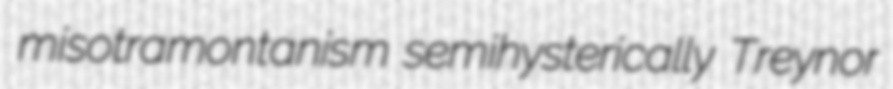
misotramontanism semihysterically Treynor